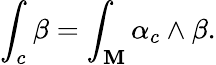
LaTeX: \int_{c}\beta=\int_{\mathbf{M}}\alpha_{c}\wedge\beta.